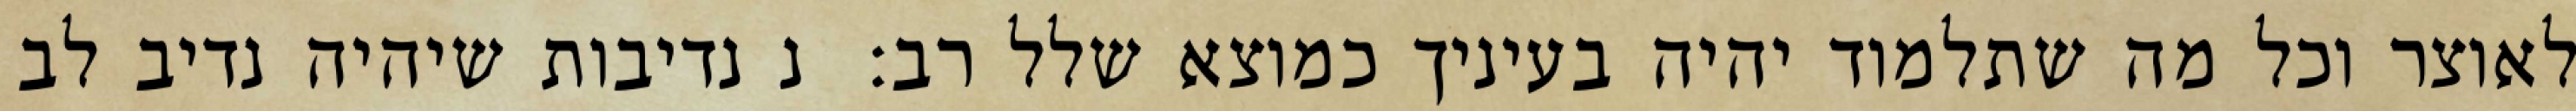
לאוצר וכל מה שתלמוד יהיה בעיניך כמוצא שלל רב:  נ נדיבות שיהיה נדיב לב